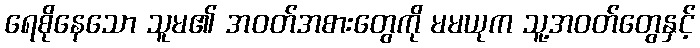
ရေစိုနေသော သူမ၏ အဝတ်အစားတွေကို မမယုက သူ့အဝတ်တွေနှင့်